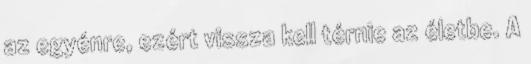
az egyénre, ezért vissza kell térnie az életbe. A